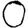
Digit: 0